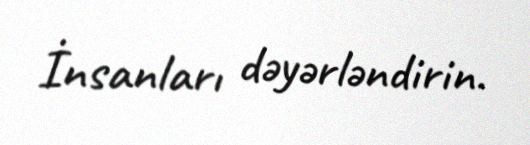
İnsanları dəyərləndirin.